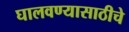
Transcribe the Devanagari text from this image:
घालवण्यासाठीचे